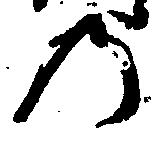
の